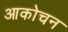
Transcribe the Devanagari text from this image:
आकोचन